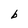
Character: b